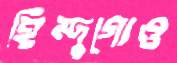
হিন্দুগোও